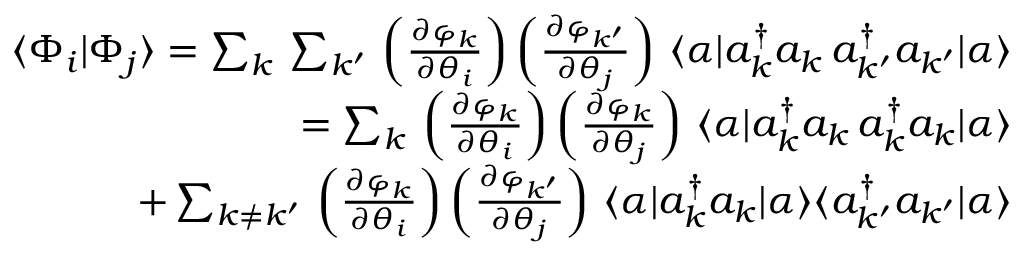
\begin{array} { r l r } & { } & { \langle \Phi _ { i } | \Phi _ { j } \rangle = \sum _ { k } \, \sum _ { k ^ { \prime } } \, \left( \frac { \partial \varphi _ { k } } { \partial \theta _ { i } } \right) \left( \frac { \partial \varphi _ { k ^ { \prime } } } { \partial \theta _ { j } } \right) \, \langle \alpha | a _ { k } ^ { \dagger } a _ { k } \, a _ { k ^ { \prime } } ^ { \dagger } a _ { k ^ { \prime } } | \alpha \rangle } \\ & { } & { = \sum _ { k } \, \left( \frac { \partial \varphi _ { k } } { \partial \theta _ { i } } \right) \left( \frac { \partial \varphi _ { k } } { \partial \theta _ { j } } \right) \, \langle \alpha | a _ { k } ^ { \dagger } a _ { k } \, a _ { k } ^ { \dagger } a _ { k } | \alpha \rangle } \\ & { } & { + \sum _ { k \ne k ^ { \prime } } \, \left( \frac { \partial \varphi _ { k } } { \partial \theta _ { i } } \right) \left( \frac { \partial \varphi _ { k ^ { \prime } } } { \partial \theta _ { j } } \right) \, \langle \alpha | a _ { k } ^ { \dagger } a _ { k } | \alpha \rangle \langle a _ { k ^ { \prime } } ^ { \dagger } a _ { k ^ { \prime } } | \alpha \rangle } \end{array}